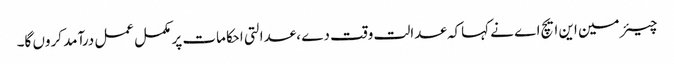
چیئر مین این ایچ اے نے کہاکہ عدالت وقت دے ،عدالتی احکامات پر مکمل عمل درآمد کروں گا۔